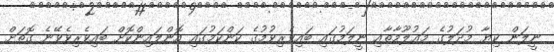
ނީލަން ކިޔާ މުދަލުގެ މަޢުލޫމާތާއި ނީލަމުގައި ބައިވެރިވުމުގެ ކަންކަމުގައި އޮންލައިންކޮށް ބައިވެރިވެވޭނެ ގޮތަށް